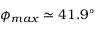
\phi _ { m a x } \simeq 4 1 . 9 ^ { \circ }